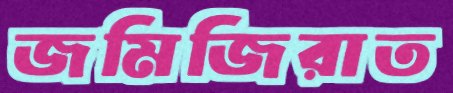
জমিজিরাত